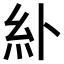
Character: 𫃚